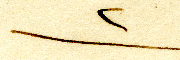
٢